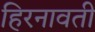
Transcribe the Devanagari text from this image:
हिरनावती